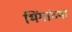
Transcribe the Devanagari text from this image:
भिंगांच्या